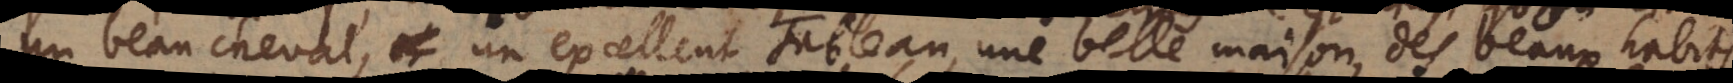
un beau cheval, un excellent tableau, une belle maison, des beaux habits,